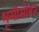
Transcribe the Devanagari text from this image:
भूमीसोबत